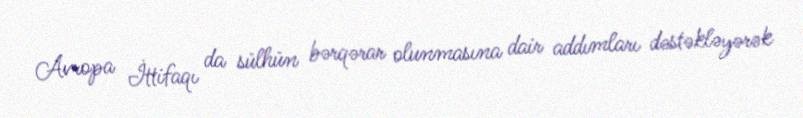
Avropa İttifaqı da sülhün bərqərar olunmasına dair addımları dəstəkləyərək